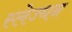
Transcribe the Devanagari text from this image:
स्लेज्धन